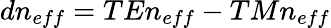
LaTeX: dn_{eff}=TEn_{eff}-TMn_{eff}